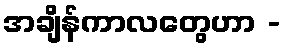
အချိန်ကာလတွေဟာ -